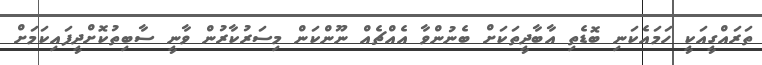
ތަރައްގީއަކީ ހަމައެކަނި ބޮޑެތި އާބާދީތަކަށް ބެނުންވާ އެއްޗެއް ނޫންކަން މިސަރުކާރުން ވާނީ ސާބިތުކޮށްދީފައިކަމަށް